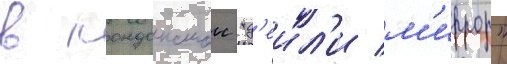
в лондонскои "д'еил'и м'иррор"